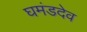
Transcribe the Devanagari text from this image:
घमंडदेव